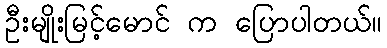
ဦးမျိုးမြင့်မောင် က ပြောပါတယ်။